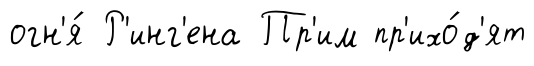
огн'я́ Р'инг'ена Пр'им пр'ихо́д'ят